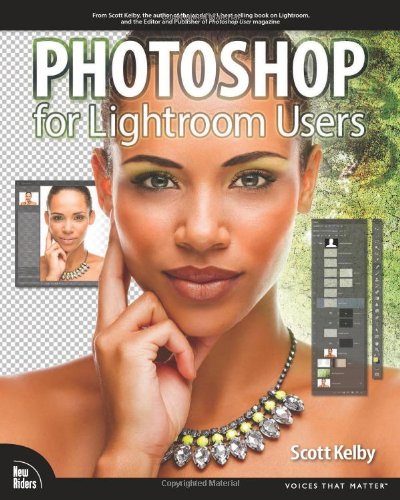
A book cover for Photoshop for Lightroom Users (Digital Photography Courses); Scott Kelby; Computers & Technology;